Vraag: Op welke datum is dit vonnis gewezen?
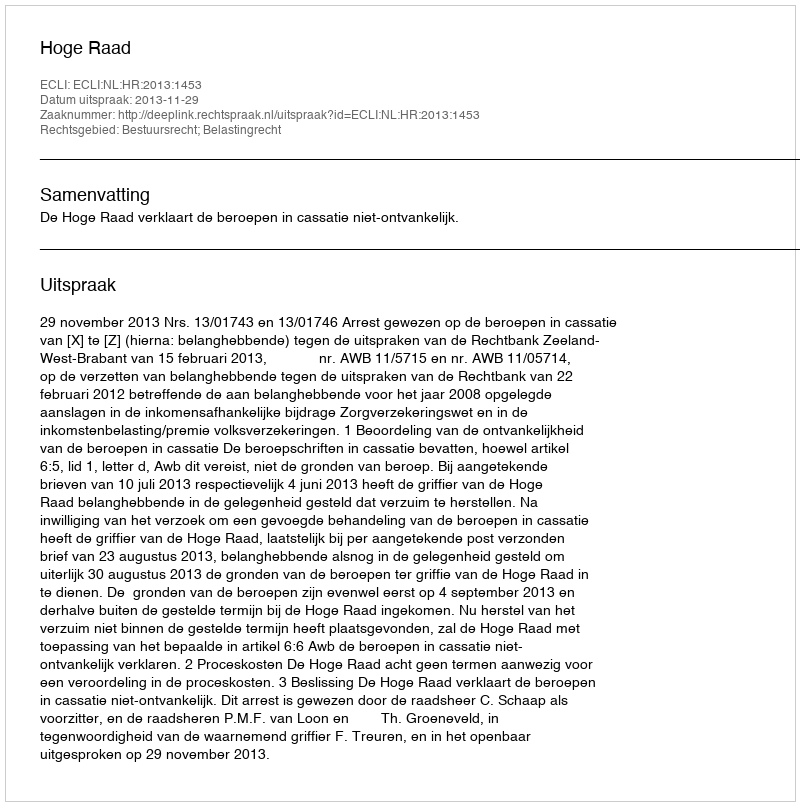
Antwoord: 2013-11-29